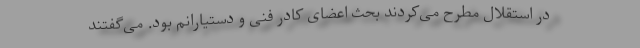
در استقلال مطرح می‌کردند بحث اعضای کادر فنی و دستیارانم بود. می‌گفتند